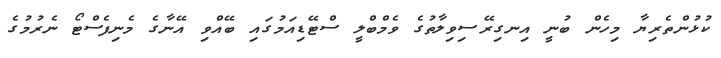
ކުޅުންތެރިޔާ މިހެން ބުނީ އިނގިރޭސިވިލާތުގެ ވެމްބްލީ ސްޓޭޑިއަމުގައި ބޭއްވި އޭނާގެ މެނިފެސްޓޯ ނެރުމުގެ